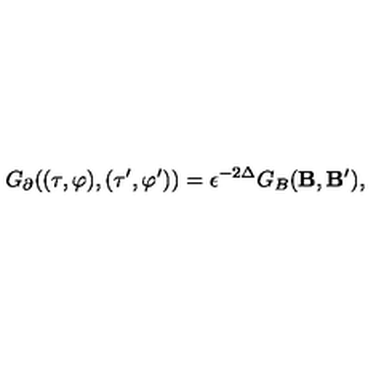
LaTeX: G _ { \partial } ( ( \tau , \varphi ) , ( \tau ^ { \prime } , \varphi ^ { \prime } ) ) = \epsilon ^ { - 2 \Delta } G _ { B } ( { \bf B } , { \bf B ^ { \prime } } ) ,